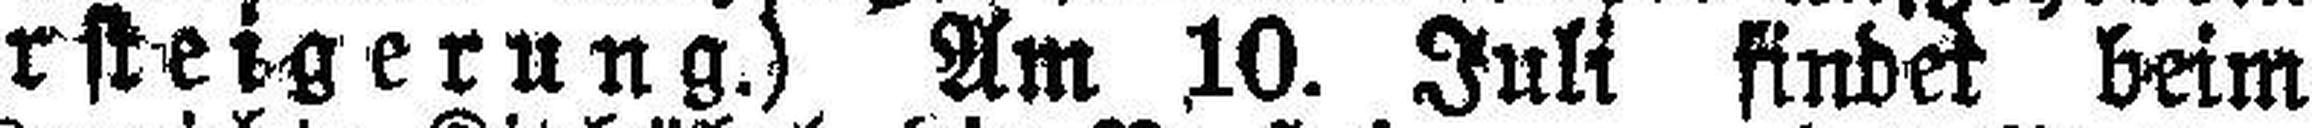
(Versteigerung.) Am 10. Juli findet beim